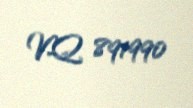
VQ 891990